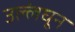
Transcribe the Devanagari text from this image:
उल्लंघून